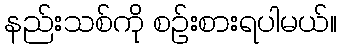
နည်းသစ်ကို စဉ်းစားရပါမယ်။